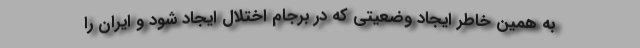
به همین خاطر ایجاد وضعیتی که در برجام اختلال ایجاد شود و ایران را